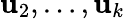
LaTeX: \mathbf{u}_{2},\ldots,\mathbf{u}_{k}